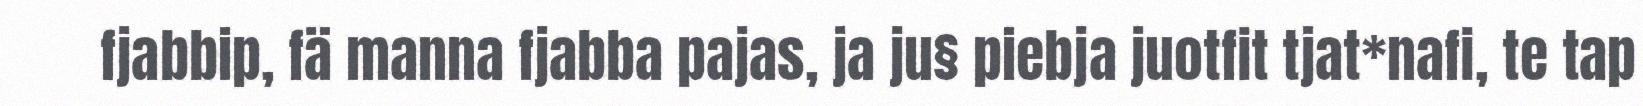
fjabbip, fä manna fjabba pajas, ja ju§ piebja juotfit tjat*nafi, te tap